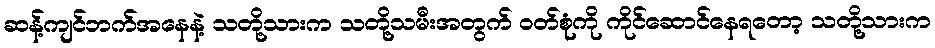
ဆန့်ကျင်ဘက်အနေနဲ့ သတို့သားက သတို့သမီးအတွက် ဝတ်စုံကို ကိုင်ဆောင်နေရတော့ သတို့သားက